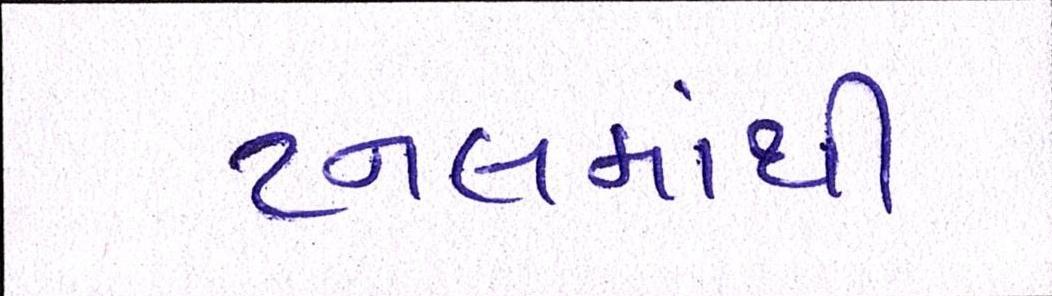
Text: ટનલમાંથી